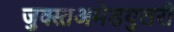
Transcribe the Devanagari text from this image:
जुक्स्तअमेडयुलरी